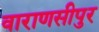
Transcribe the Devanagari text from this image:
वाराणसीपुर